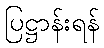
ပြဋ္ဌာန်းရန်